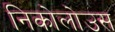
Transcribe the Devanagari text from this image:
निकोलोउस